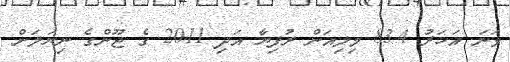
ވަނަ އަހަރު 83.4 މިލިއަން ރުފިޔާ އަދި 2011 ގެ ޖޫންގެ ނިޔަލަށް